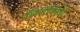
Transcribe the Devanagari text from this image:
जिरोदिस्तों